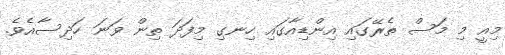
މިއީ މި މަސް ތެރޭގައި އިންޑިއާގައި ހިނގި މިފަދަ ތިން ވަނަ ހަދިސާއެވެ.